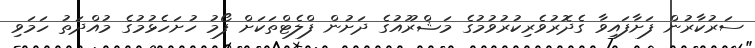
ސަރުކާރުން ފަށާފައިވާ ގެދޮރުވެރިކުރުވުމުގެ މަޝްރޫއުގެ ދަށުން ފްލެޓްތަކަށް ފޯމު ހުށަހެޅުމުގެ މުއްދަތު ހަމަވި